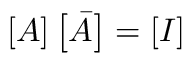
\boldsymbol { \left[ A \right] \left[ \bar { A } \right] = \left[ I \right] }